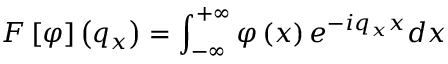
F \left[ \varphi \right] \left( { { q } _ { x } } \right) = \int _ { - \infty } ^ { + \infty } { \varphi \left( x \right) { { e } ^ { - i { { q } _ { x } } x } } d x }